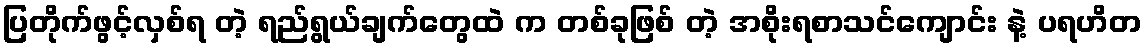
ပြတိုက်ဖွင့်လှစ်ရ တဲ့ ရည်ရွယ်ချက်တွေထဲ က တစ်ခုဖြစ် တဲ့ အစိုးရစာသင်ကျောင်း နဲ့ ပရဟိတ